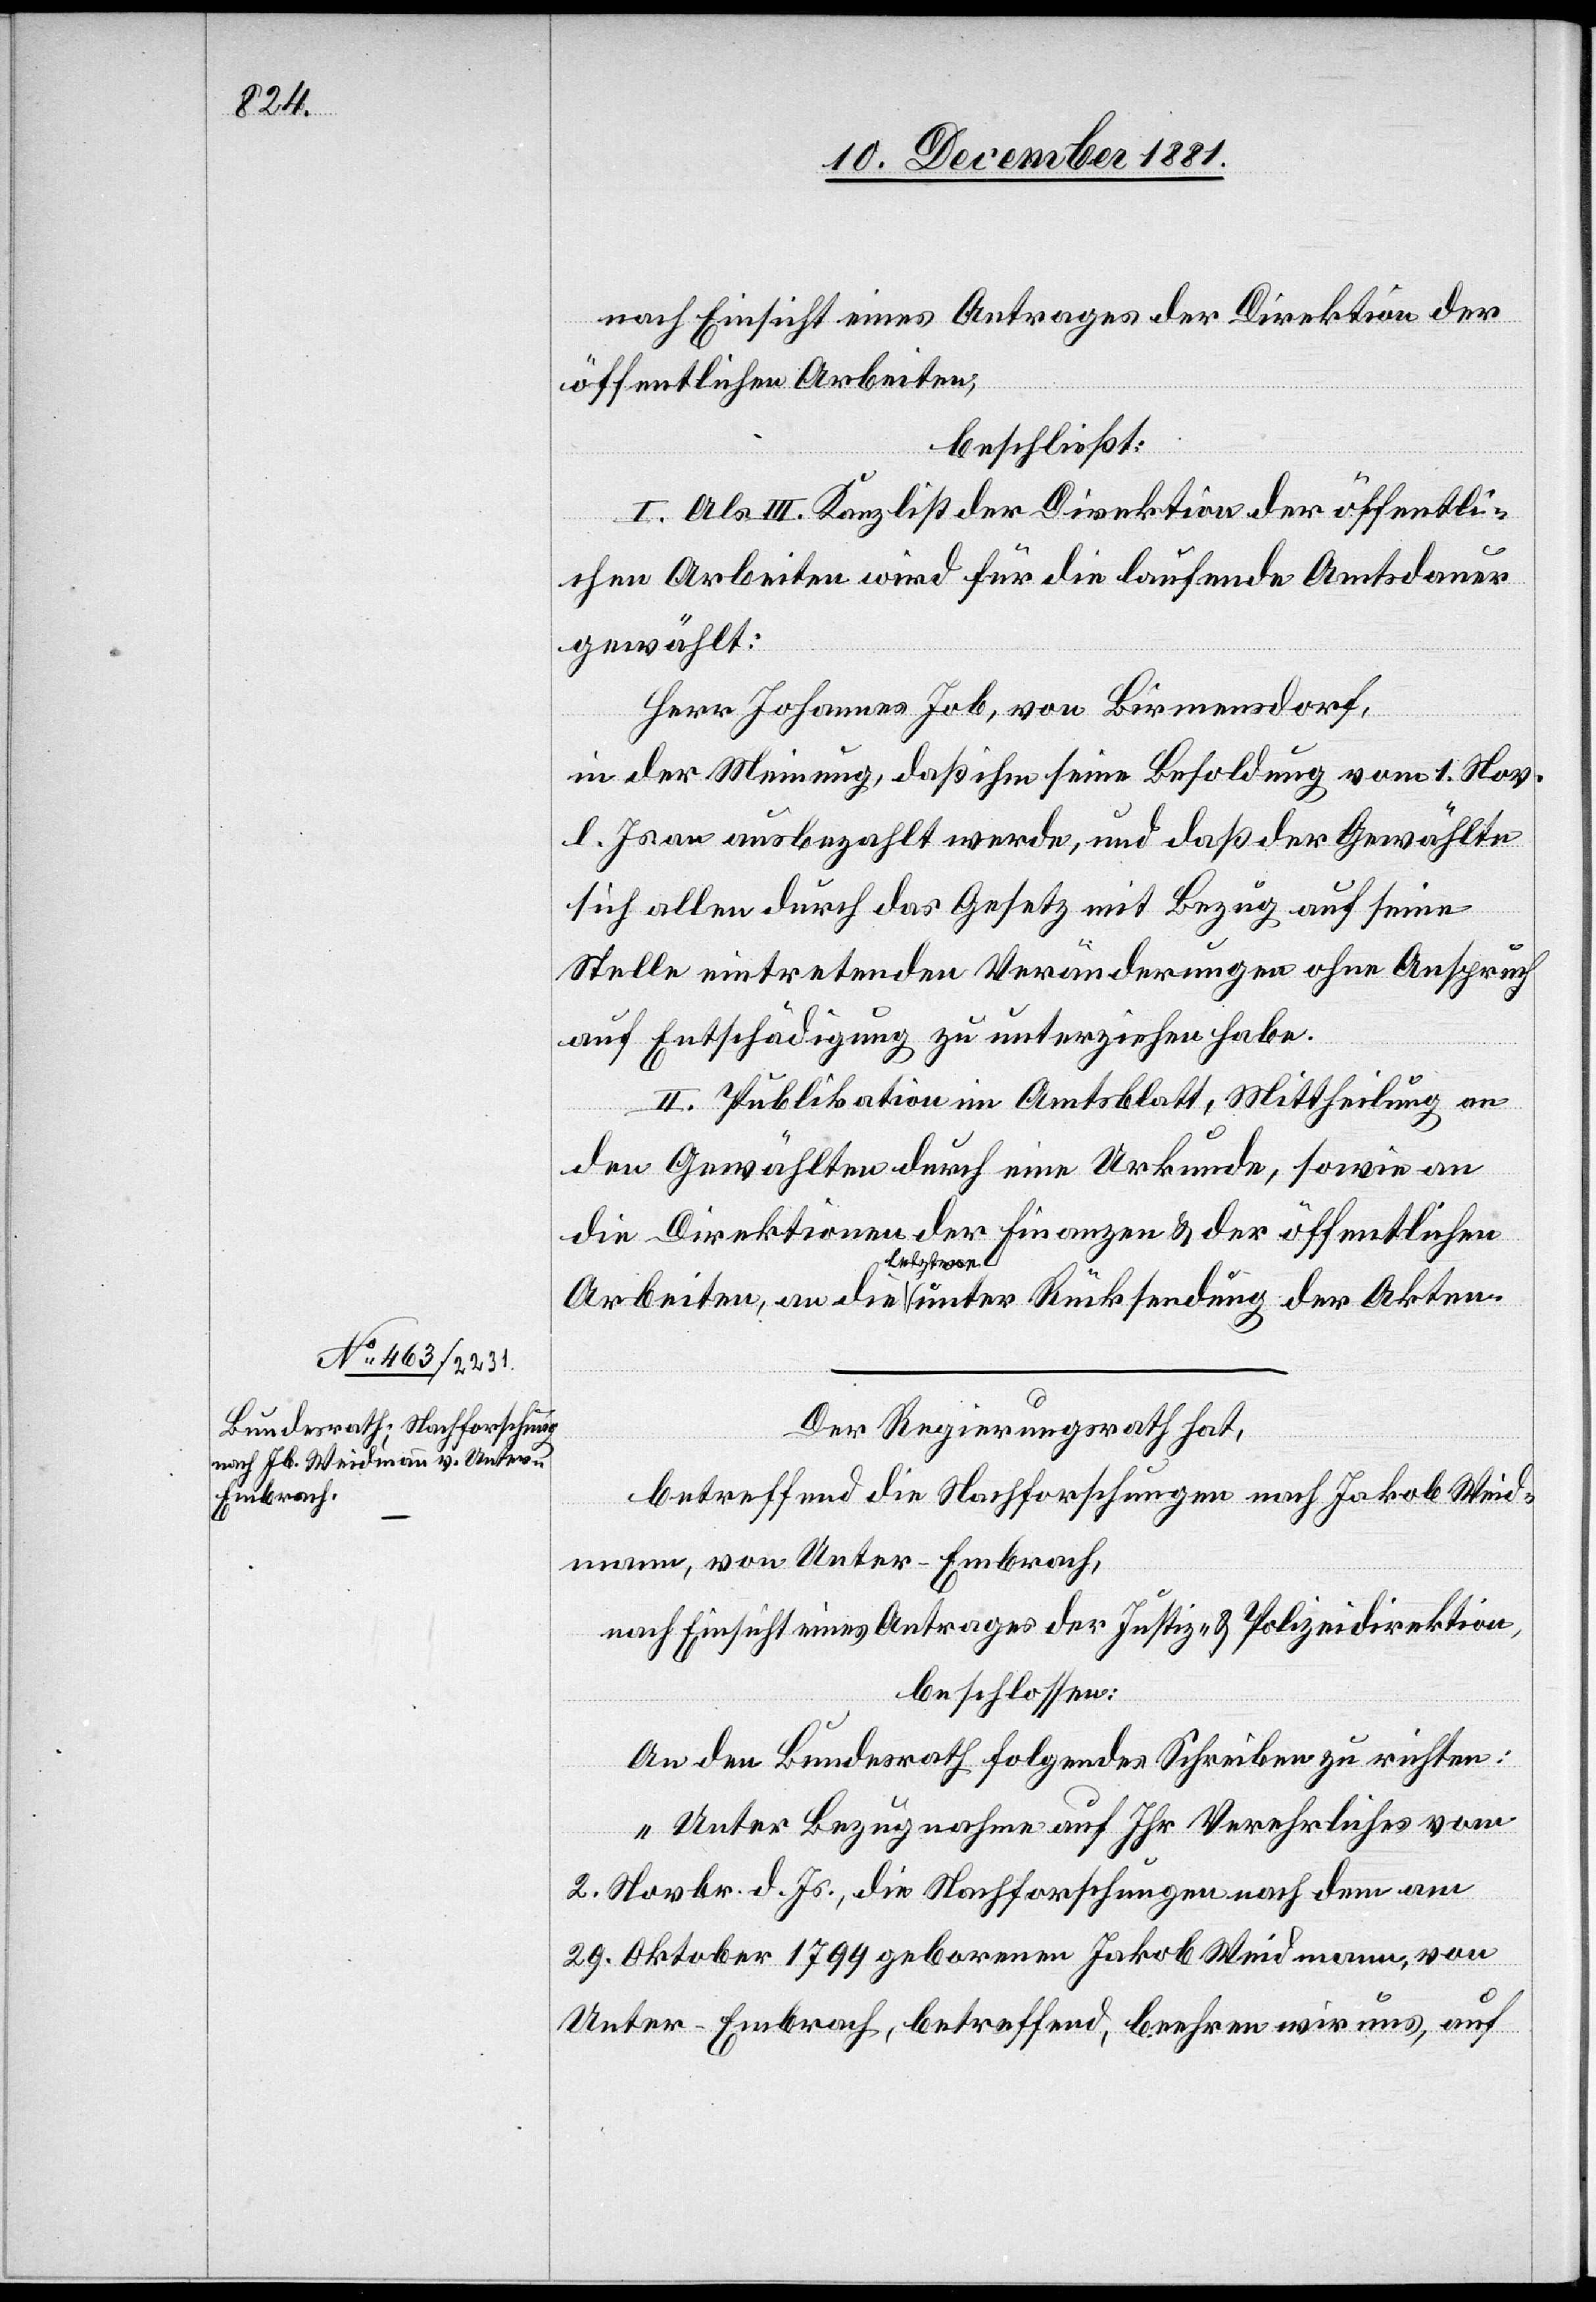
nach Einsicht eines Antrages der Direktion der
öffentlichen Arbeiten,
beschließt:
I. Als III. Kanzlist der Direktion der öffentli¬
chen Arbeiten wird für die laufende Amtsdauer
gewählt:
Herr Johannes Job, von Birmensdorf,
in der Meinung, daß ihm seine Besoldung vom 1. Nov.
l. Js. an ausbezahlt werde, und daß der Gewählte
sich allen durch das Gesetz mit Bezug auf seine
Stelle eintretenden Veränderungen ohne Anspruch
auf Entschädigung zu unterziehen habe.
II. Publikation im Amtsblatt, Mittheilung an
den Gewählten durch eine Urkunde, sowie an
die Direktionen der Finanzen & der öffentlichen
Arbeiten, an die letzere unter Rücksendung der Akten.
Der Regierungsrath hat,
betreffend die Nachforschungen nach Jakob Weid¬
mann, von Unter-Embrach,
nach Einsicht eines Antrages der Justiz- & Polizeidirektion,
beschlossen:
An den Bundesrath folgendes Schreiben zu richten:
„Unter Bezugnahme auf Ihr Verehrliches vom
2. Novbr. d. Js., die Nachforschungen nach dem am
29. Oktober 1799 geborenen Jakob Weidmann, von
Unter-Embrach, betreffend, beehren wir uns, auf